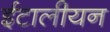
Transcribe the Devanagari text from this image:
ईटालीयन